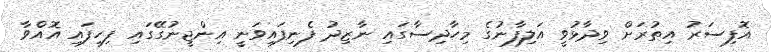
އޮފިސަރު އިތުރަށް ވިދާޅުވީ އަލިފާނުގެ މިހާދިސާގައި ނާޒިދު ފެނިފައިވަނީ އިންޖީނުގޭގައި ފިހިފައި އޮއްވާ